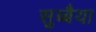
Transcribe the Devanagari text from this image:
सुब्बैया